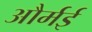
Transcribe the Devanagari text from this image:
और्मई